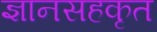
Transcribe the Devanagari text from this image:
ज्ञानसहकृत